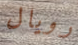
رويال